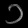
Digit: ၁